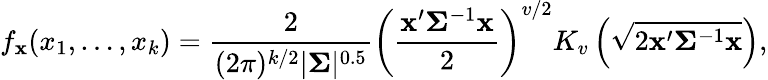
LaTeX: f_{\mathbf{x}}(x_{1},\ldots,x_{k})={\frac{2}{(2\pi)^{k/2}|{\boldsymbol{\Sigma}}|^{0.5}}}\left({\frac{\mathbf{x}^{\prime}{\boldsymbol{\Sigma}}^{-1}\mathbf{x}}{2}}\right)^{v/2}K_{v}\left({\sqrt{2\mathbf{x}^{\prime}{\boldsymbol{\Sigma}}^{-1}\mathbf{x}}}\right),